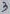
Text: 3